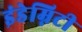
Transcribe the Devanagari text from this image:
इंडेम्निटी